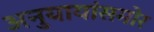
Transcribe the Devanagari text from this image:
अनुयायांसमोर